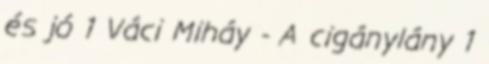
és jó 1 Váci Miháy - A cigánylány 1